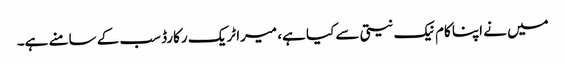
میں نے اپنا کام نیک نیتی سے کیا ہے، میرا ٹریک رکارڈ سب کے سامنے ہے۔